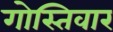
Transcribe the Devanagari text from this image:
गोस्तिवार